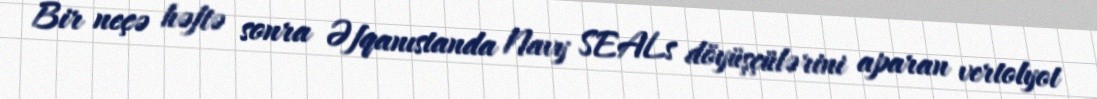
Bir neçə həftə sonra Əfqanıstanda Navy SEALs döyüşçülərini aparan vertolyot